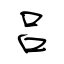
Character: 吕